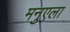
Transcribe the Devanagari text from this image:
मनुएला